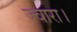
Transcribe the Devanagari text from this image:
ज्वारा।